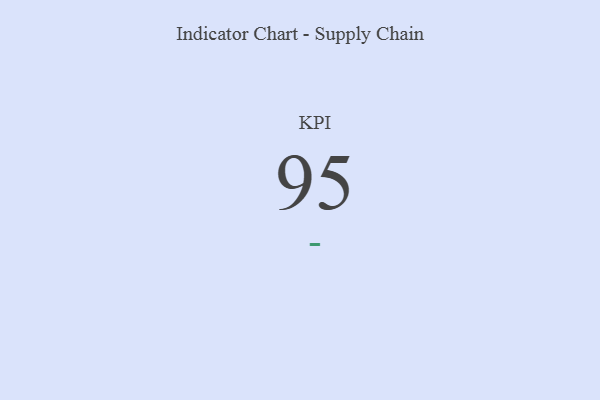
{"axis": {"x": "KPI", "y": "Value"}, "legend": [""], "data": [{"x": "KPI", "y": 95, "type": ""}]}